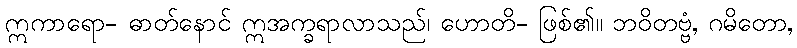
ဣကာရော- ဓာတ်နောင် ဣအက္ခရာလာသည်၊ ဟောတိ- ဖြစ်၏။ ဘဝိတဗ္ဗံ, ဂမိတော,